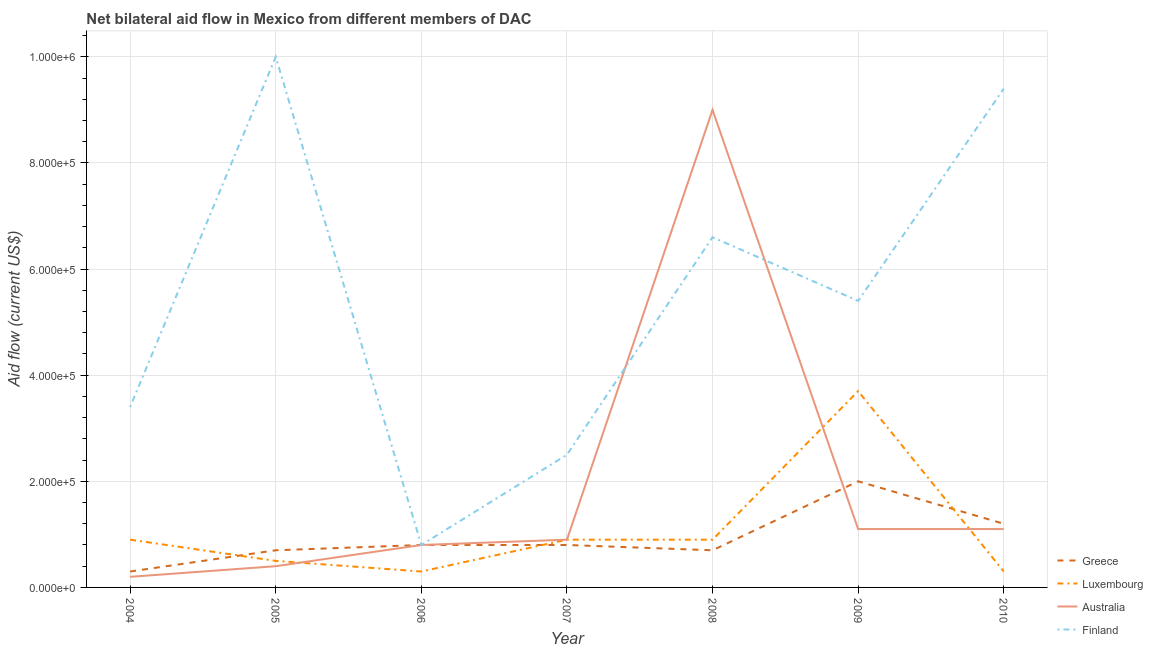
| Year | Greece | Luxembourg | Australia | Finland |
 | --- | --- | --- | --- | --- |
 | 2004 | 3e+04 | 9e+04 | 2e+04 | 3.4e+05 |
 | 2005 | 7e+04 | 5e+04 | 4e+04 | 1e+06 |
 | 2006 | 8e+04 | 3e+04 | 8e+04 | 8e+04 |
 | 2007 | 8e+04 | 9e+04 | 9e+04 | 2.5e+05 |
 | 2008 | 7e+04 | 9e+04 | 9e+05 | 6.6e+05 |
 | 2009 | 2e+05 | 3.7e+05 | 1.1e+05 | 5.4e+05 |
 | 2010 | 1.2e+05 | 3e+04 | 1.1e+05 | 9.4e+05 |